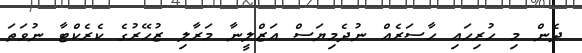
ދެން މި ހުރިހައި ހާސަރެއް ނުދެމިޔަސް އަޒްލީނާ މަރާލި ޒުހޭރުގެ ކެރެކްޓާ ނުވަތަ